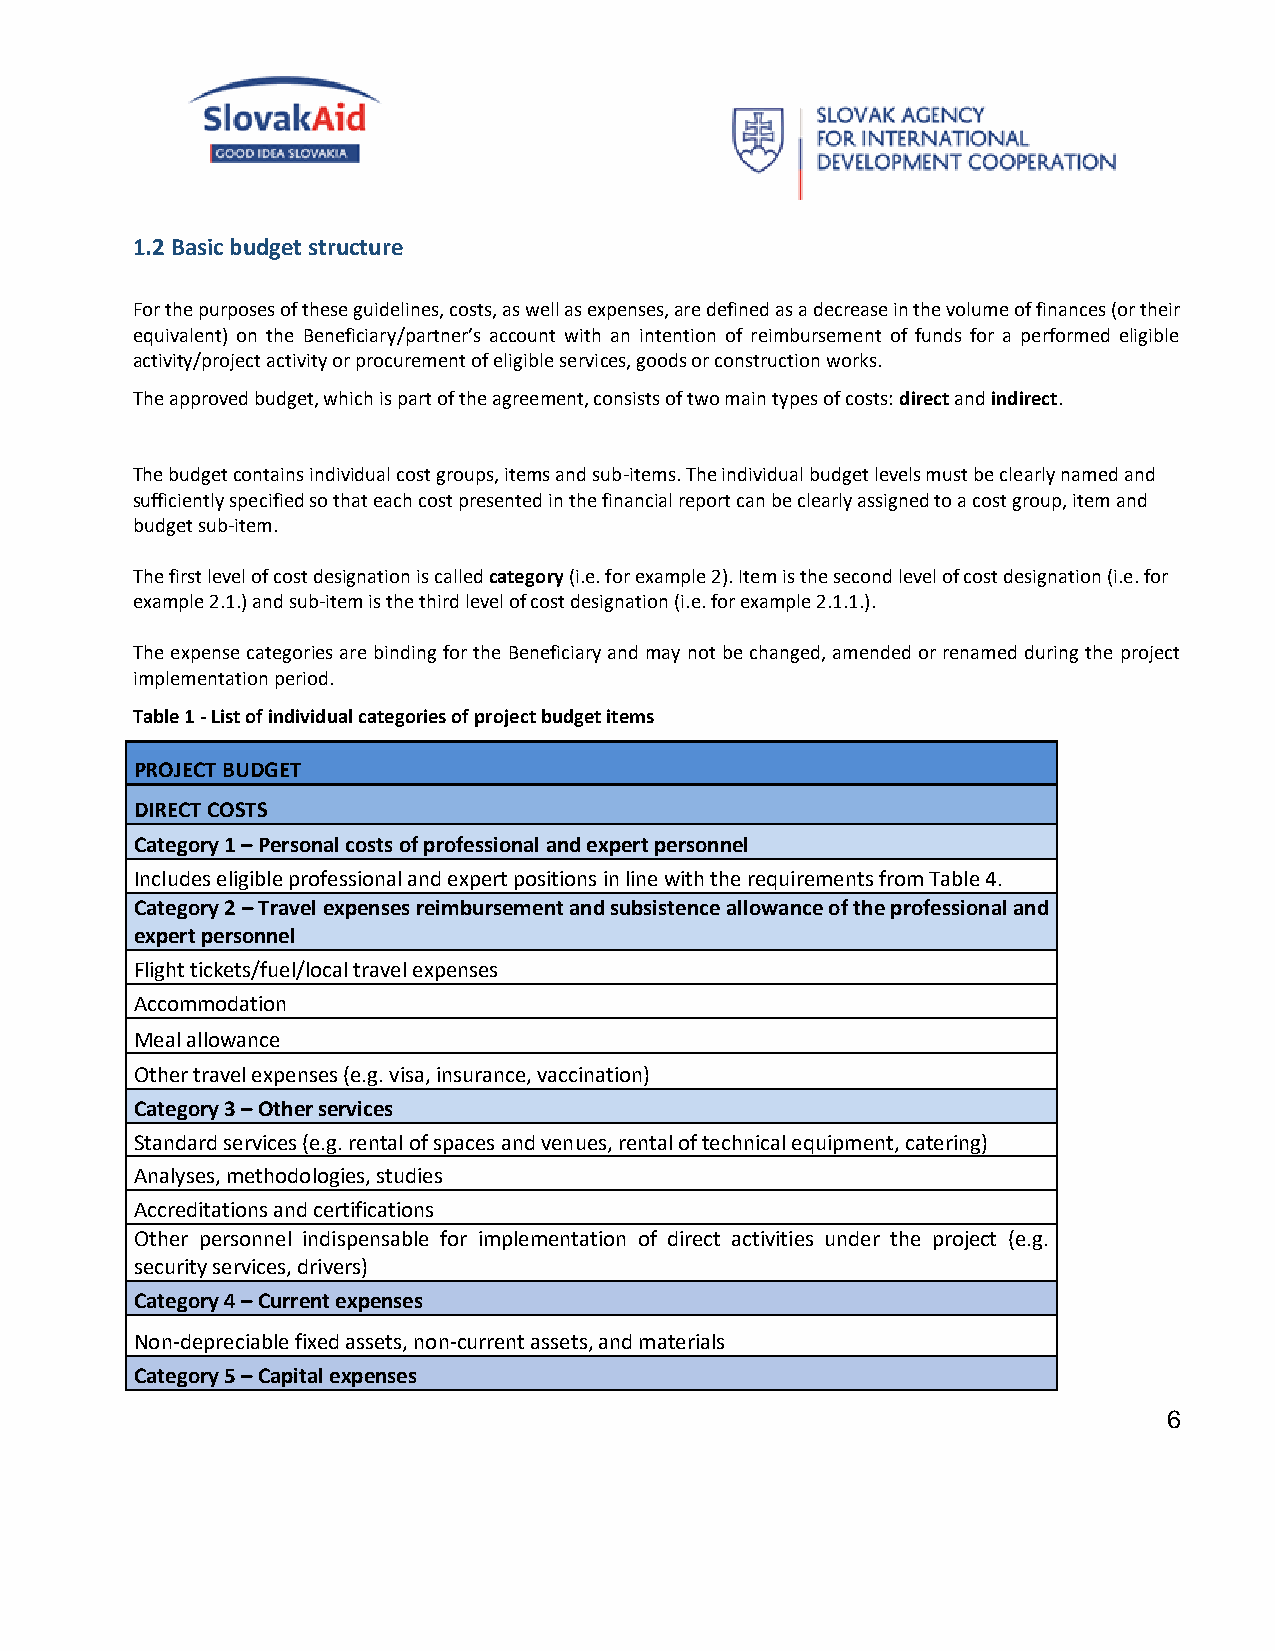
1.2 Basic budget structure
 For the purposes of these guidelines, costs, as well as expenses, are defined as a decrease in the volume of finances (or their
 equivalent) on the Beneficiary/partner’s account with an intention of reimbursement of funds for a performed eligible
 activity/project activity or procurement of eligible services, goods or construction works.
 The approved budget, which is part of the agreement, consists of two main types of costs: direct and indirect.
 The budget contains individual cost groups, items and sub-items. The individual budget levels must be clearly named and
 sufficiently specified so that each cost presented in the financial report can be clearly assigned to a cost group, item and
 budget sub-item.
 The first level of cost designation is called category (i.e. for example 2). Item is the second level of cost designation (i.e. for
 example 2.1.) and sub-item is the third level of cost designation (i.e. for example 2.1.1.).
 The expense categories are binding for the Beneficiary and may not be changed, amended or renamed during the project
 implementation period.
 Table 1 - List of individual categories of project budget items
 PROJECT BUDGET
 DIRECT COSTS
 Category 1 – Personal costs of professional and expert personnel
 Includes eligible professional and expert positions in line with the requirements from Table 4.
 Category 2 – Travel expenses reimbursement and subsistence allowance of the professional and
 expert personnel
 Flight tickets/fuel/local travel expenses
 Accommodation
 Meal allowance
 Other travel expenses (e.g. visa, insurance, vaccination)
 Category 3 – Other services
 Standard services (e.g. rental of spaces and venues, rental of technical equipment, catering)
 Analyses, methodologies, studies
 Accreditations and certifications
 Other personnel indispensable for implementation of direct activities under the project (e.g.
 security services, drivers)
 Category 4 – Current expenses
 Non-depreciable fixed assets, non-current assets, and materials
 Category 5 – Capital expenses
 6